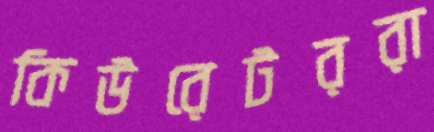
কিউরেটররা